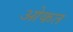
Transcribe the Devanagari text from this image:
ओकत